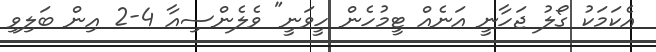
އެކަމަކު ގޯލު ޖަހާނީ އަނެއް ޓީމުހެން ހީވަނީ" ވެލެންސިއާ 4-2 އިން ބަލިވި